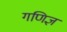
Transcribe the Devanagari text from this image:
गणिज्ञ